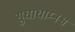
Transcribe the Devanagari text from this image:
सुधाधाम्नश्च